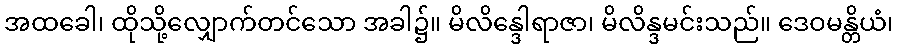
အထခေါ၊ ထိုသို့လျှောက်တင်သော အခါ၌။ မိလိန္ဒေါရာဇာ၊ မိလိန္ဒမင်းသည်။ ဒေဝမန္တိယံ၊